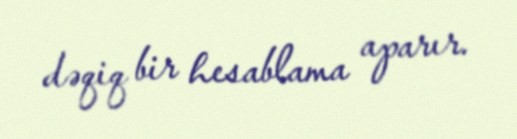
dəqiq bir hesablama aparır.